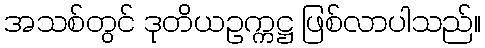
အသစ်တွင် ဒုတိယဥက္ကဋ္ဌ ဖြစ်လာပါသည်။